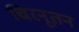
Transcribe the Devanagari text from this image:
चिरनूतन